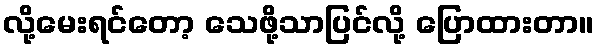
လို့မေးရင်တော့ သေဖို့သာပြင်လို့ ပြောထားတာ။